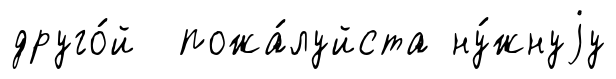
друго́й пожа́луйста ну́жнуjу